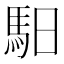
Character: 馹